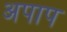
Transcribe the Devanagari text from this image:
अपाप